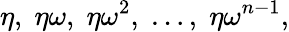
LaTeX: \eta,\; \eta\omega,\; \eta\omega^{2},\; \ldots,\; \eta\omega^{n-1},